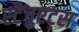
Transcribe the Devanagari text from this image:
स्टैचुएट्स